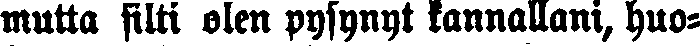
mutta silti olen pysynyt kannallani, huo-